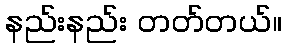
နည်းနည်း တတ်တယ်။